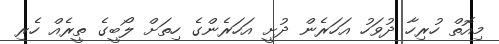
މިއޮތް ހުރިހާ ދުވަހު އަހަރެން ދުށީ އަހަރެންގެ ހިތަށް ލޯބީގެ ތީރެއް ހެރި